Plague in India, 1896, 1897 - Volume 3
Year: 1896
Disease focus: Plague
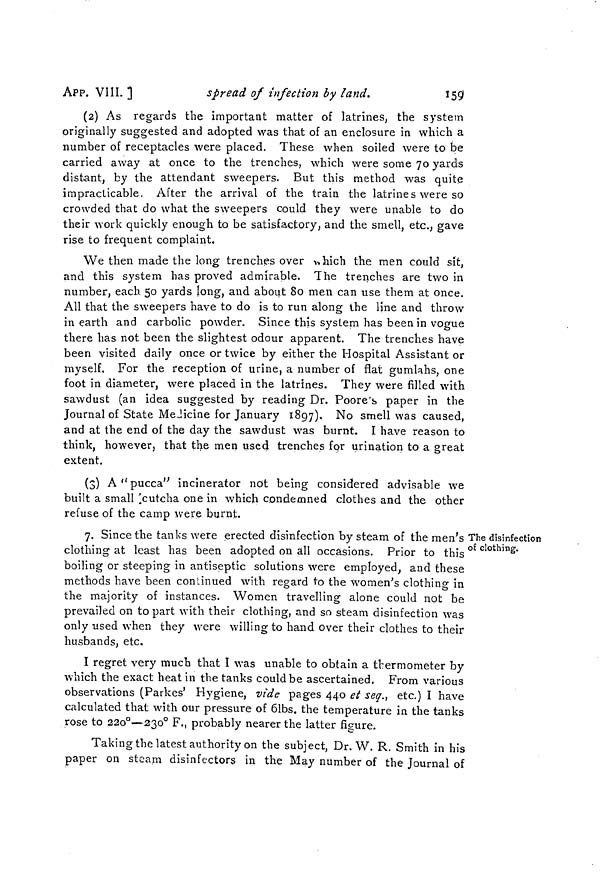
159
APP. VIII. ]
spread of infection by land.
(2) As regards the important matter of latrines, the system
originally suggested and adopted was that of an enclosure in which a
number of receptacles were placed. These when soiled were to be
carried away at once to the trenches, which were some 70 yards
distant, by the attendant sweepers. But this method was quite
impracticable. After the arrival of the train the latrines were so
crowded that do what the sweepers could they were unable to do
their work quickly enough to be satisfactory, and the smell, etc., gave
rise to frequent complaint.
We then made the long trenches over w,hich the men could sit,
and this system has proved admirable. The trenches are two in
number, each 50 yards long, and about 80 men can use them at once.
All that the sweepers have to do is to run along the line and throw
in earth and carbolic powder. Since this system has been in vogue
there has not been the slightest odour apparent. The trenches have
been visited daily once or twice by either the Hospital Assistant or
myself. For the reception of urine, a number of flat gumlahs, one
foot in diameter, were placed in the latrines. They were filled with
sawdust (an idea suggested by reading Dr. Poore's paper in the
Journal of State Medicine for January 1897), No smell was caused,
and at the end of the day the sawdust was burnt. I have reason to
think, however, that the men used trenches for urination to a great
extent.
(3) A"pucca" incinerator not being considered advisable we
built a small 'cutcha one in which condemned clothes and the other
refuse of the camp were burnt.
l The disinfection
of clothing.
7. Since the tanks were erected disinfection by steam of the men's
clothing at least has been adopted on all occasions. Prior to this
boiling or steeping in antiseptic solutions were employed, and these
methods have been continued with regard to the women's clothing in
the majority of instances. Women travelling alone could not be
prevailed on to part with their clothing, and so steam disinfection was
only used when they were willing to hand over their clothes to their
husbands, etc.
I regret very much that I was unable to obtain a thermometer by
which the exact heat in the tanks could be ascertained. From various
observations (Parkes' Hygiene, vide pages 440 et seq., etc.) I have
calculated that with our pressure of 61bs. the temperature in the tanks
rose to 220°—230° F., probably nearer the latter figure.
Taking the latest authority on the subject, Dr. W. R. Smith in his
paper on steam disinfectors in the May number of the Journal of